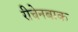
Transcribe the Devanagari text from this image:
रीचेनबाक